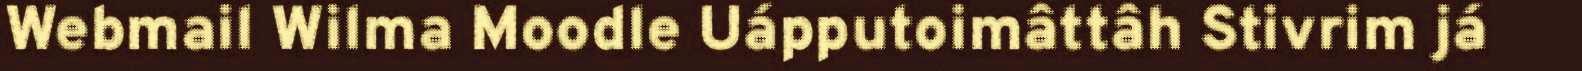
Webmail Wilma Moodle Uápputoimâttâh Stivrim já